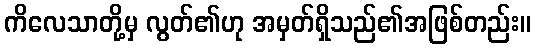
ကိလေသာတို့မှ လွတ်၏ဟု အမှတ်ရှိသည်၏အဖြစ်တည်း။